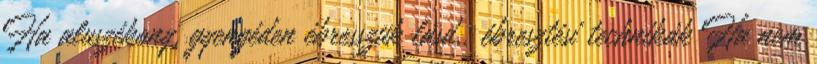
Ha aluszékony, gyengéden ébresszük lásd.: ébresztési technikák Ha nem